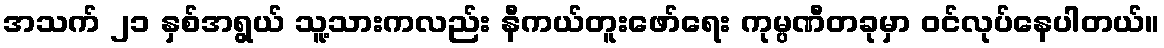
အသက် ၂၁ နှစ်အရွယ် သူ့သားကလည်း နီကယ်တူးဖော်ရေး ကုမ္ပဏီတခုမှာ ဝင်လုပ်နေပါတယ်။